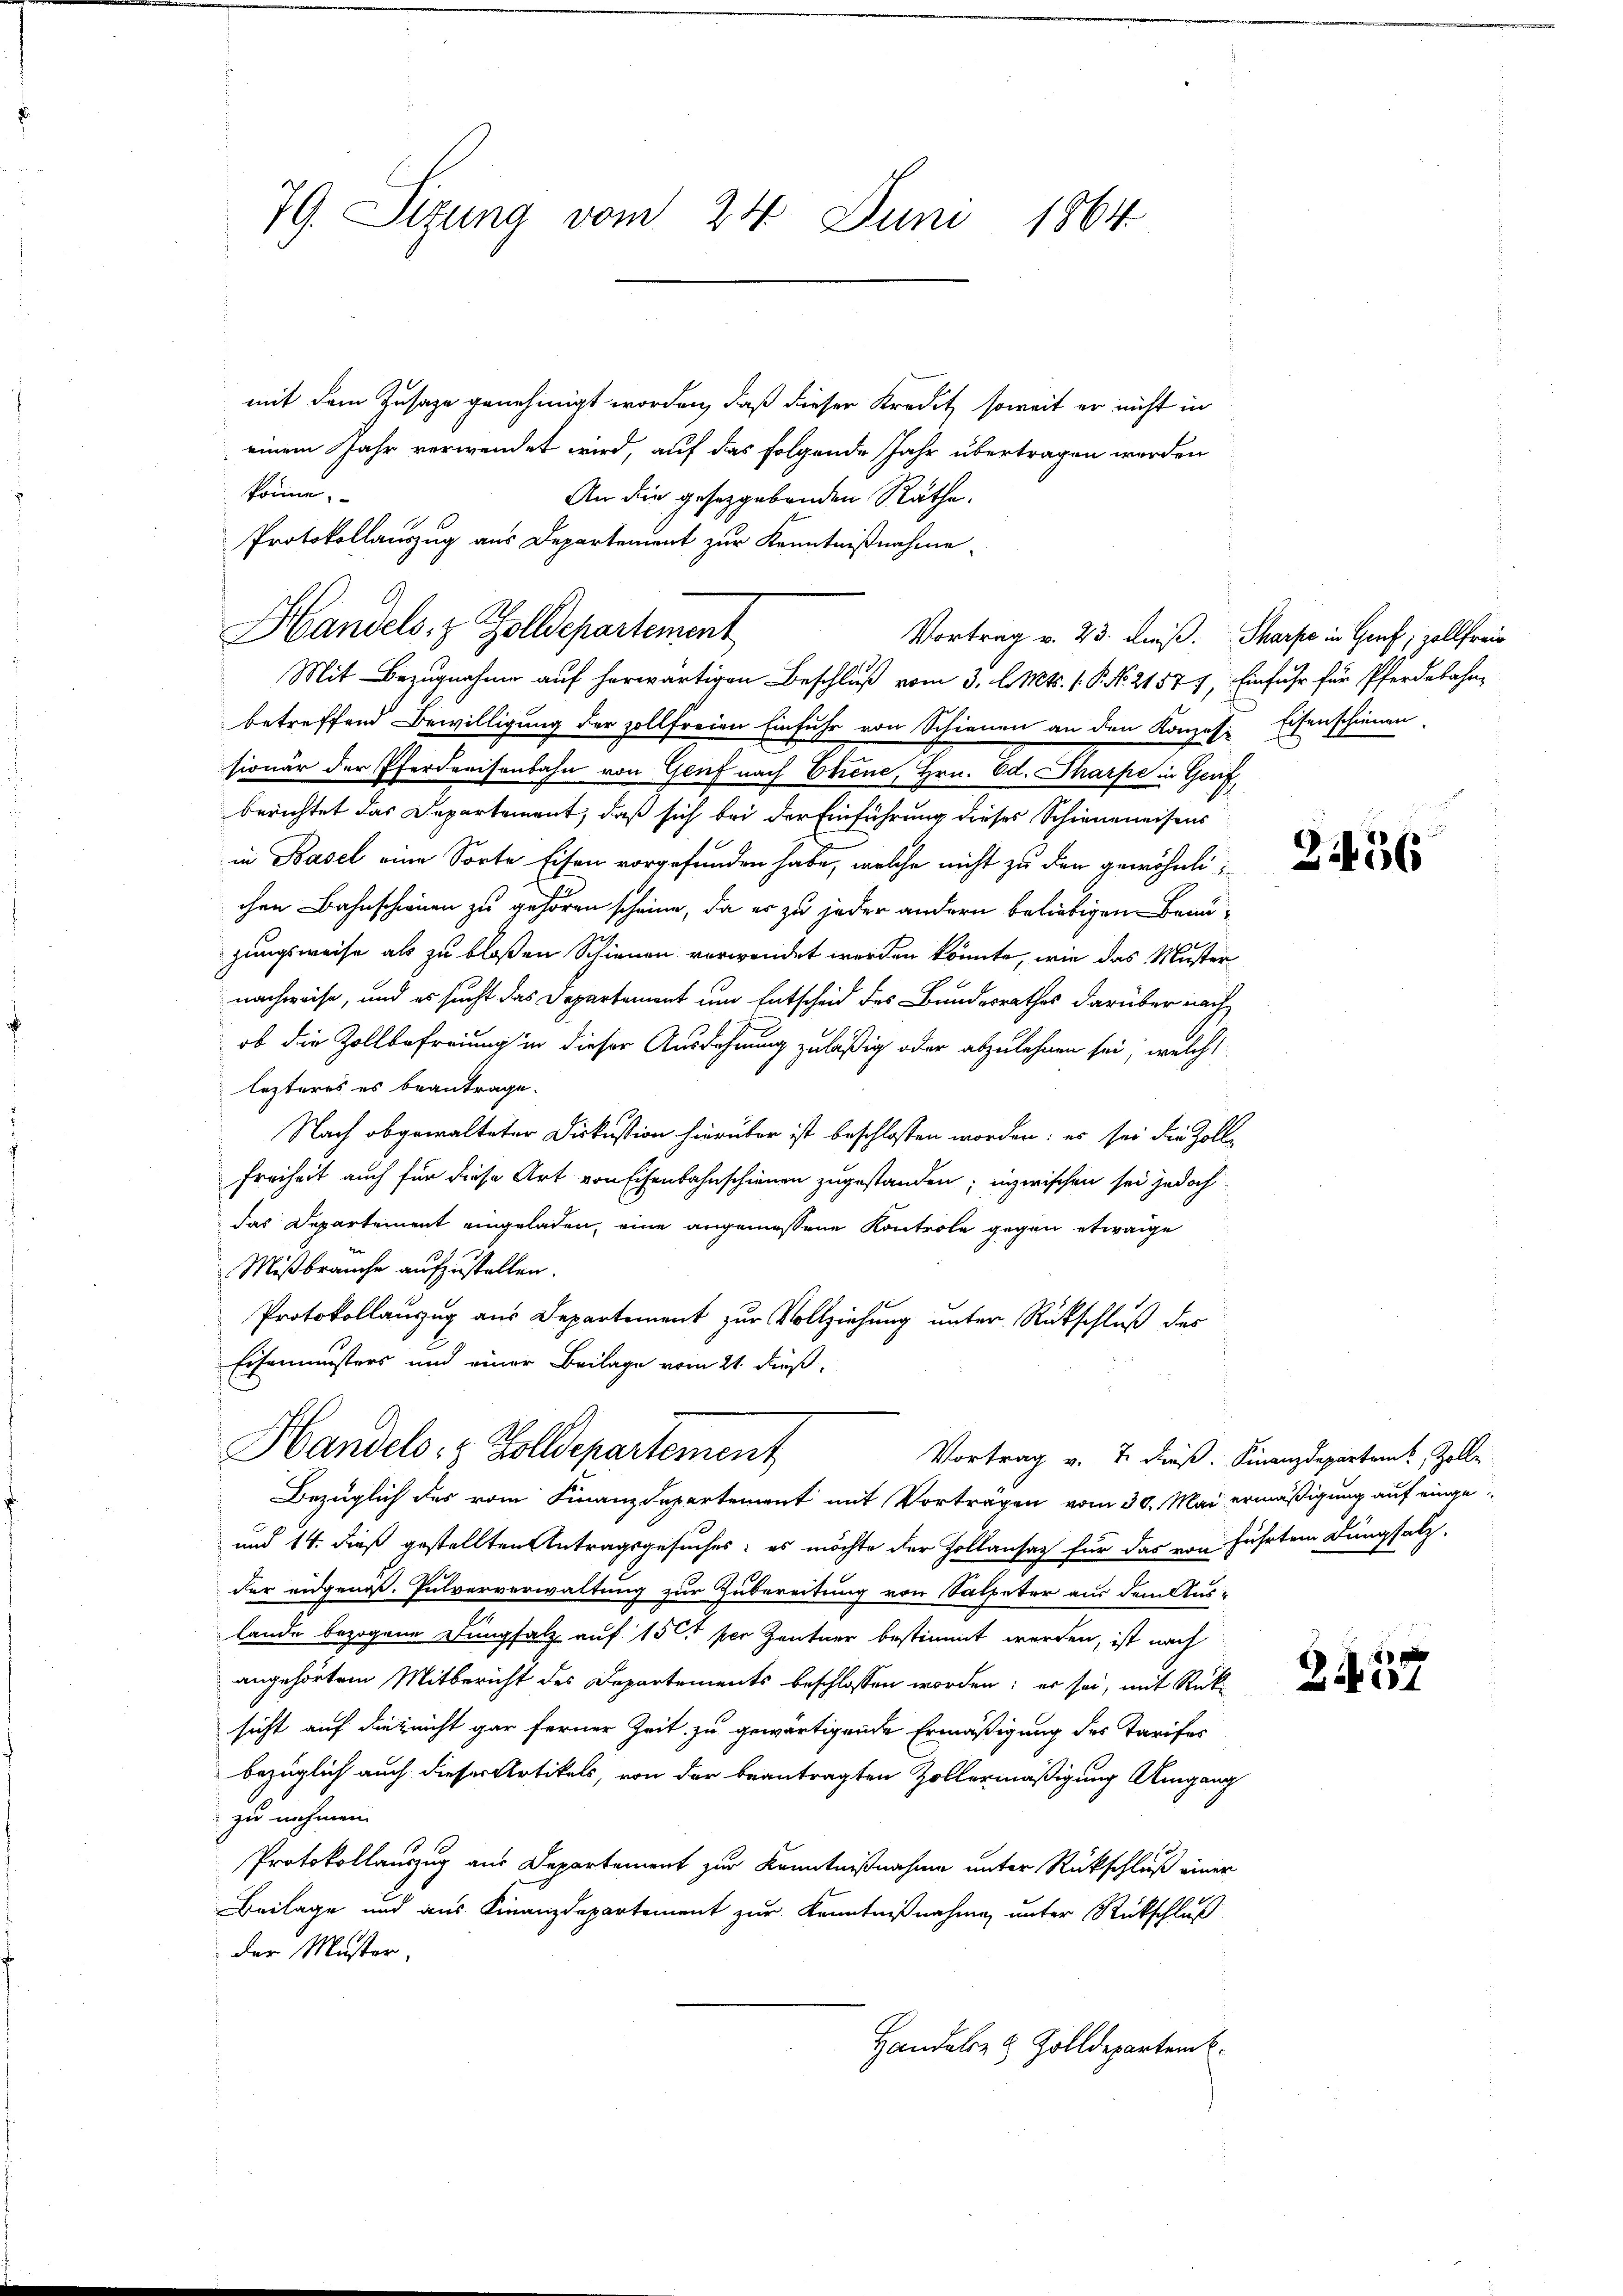
79. Sitzung vom 24. Juni 1864

mit dem Zusage genehmigt worden, daß dieser Kredet, soweit er nicht in
einem Jahr verwendet wird, auf das folgende Jahr übertragen werden
könne.
An die gesetzgebenden Räthe.
Protokollauszug aus Departement zur Kenntnißnahme
Handels- & Zolldepartement
Vortrag v. 23. dieß. Sharpe in Genf; zollfreie
Mit Bezugnahme auf herwärtigen Beschluß vom 3. l. Mts. 1. P. Nr. 2157 f, Einfuhr für Pferdebahn,
betreffend Bewilligung der zollfreien Einfuhr von Schienen an den Konzes Eisenschienen
sionär der Pferdreisenbahn von Genf nach Etiene, Hrn. Ed. Pharpe in Genf,
berichtet das Departement, daß sich bei der Einführung dieses Schieneneisens
in Basel eine Sorte Eisen vorgefunden habe, welche nicht zu den gewöhnli
chen Bahnschien zu gehören scheine, da er zu jeder andern beliebigen Benuzungsweise als zu bloßen Schienen verwendet werden könnte, wie das Muster
nachweise, und es sucht das Departement um Entscheid des Bundesrathes darüber nach
ob die Zollbefreiung in dieser Ausdehnung zuläßig oder abzulehnen sei; welche
lezteres es beantrage.
Nach abgewalteter Diskustion hierüber ist beschlossen worden; es sei die Zolle
Freiheit auch für diese Art von Eisenbahnschienen zugestanden; inzwischen sei jedoch
das Departement eingeladen, eine angemessene Kontrole gegen etwaige
Mißbrauche aufzustellen.
Protokollauszug aus Departement zur Vollziehung unter Rückschluß des
Eisenmusters und einer Beilage vom 21. dieß,
Handels- & Zolldepartement
Vortrag v. 7. dieß. Finanzdepartem Zolle
Bezüglich des vom Finanzdepartement mit Vorträgen vom 30. Mai ermäßigung auf einge¬
und 14. dieß gestellten Antragsgesuches: es möchte der Zollansatz für das von führten Dungsalz,
der eidgenoß. Pulververwaltung zur Zubereitung von Salpeter aus dem Aus-
lande bezogene Dungsalz auf 150 per Zentner bestimmt werden, ist nach
angehörtem Mitbericht des Departements beschlossen worden; er sei, mit Rück-
sicht auf dies nicht gar ferner Zeit zu gewärtigende Ermäßigung des Tarifes
bezüglich auch dieser Artikels, von der beantragten Zollermäßigung Umgang
zu nehmen.
Protokollauszug aus Departement zur Kenntnißnahme unter Rückschluß einer
Beilage und aus Finanzdepartement zur Kenntnißnahme unter Rückschluß
der Muster.
Handels- & Zolldepartem

3456

2437